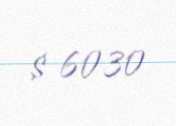
$ 6030